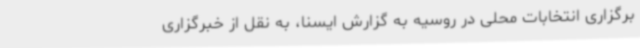
برگزاری انتخابات محلی در روسیه به گزارش ایسنا، به نقل از خبرگزاری